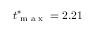
t _ { \textrm { m a x } } ^ { * } = 2 . 2 1